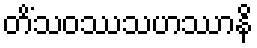
တိံသဝဿသဟဿာနိ